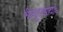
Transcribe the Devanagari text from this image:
श्रीयुतखादाड